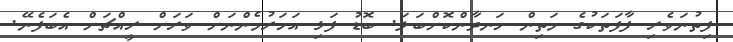
ފިތުނަވެރި ފާފަތަކުގެ މަތިން ހަނދާންކޮށްބަލަ. ބޮޑު ފަޅި އަހަރުމެންނަށް ވަރަށް ރީއްޗަށް އެބަފެނޭ.